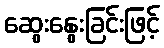
ဆွေးနွေးခြင်းဖြင့်